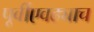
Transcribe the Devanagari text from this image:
पूर्वीएवढ्याच